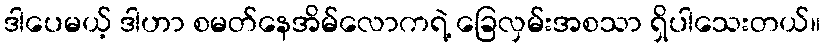
ဒါပေမယ့် ဒါဟာ စမတ်နေအိမ်လောကရဲ့ ခြေလှမ်းအစသာ ရှိပါသေးတယ်။